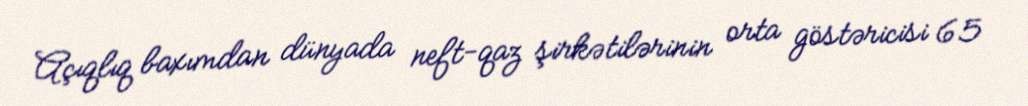
Açıqlıq baxımdan dünyada neft-qaz şirkətilərinin orta göstəricisi 65